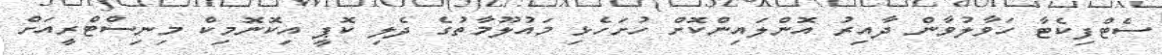
ސެޓްފިކެޓާ ހަވާލުވާން ދާއިރު އޮންލައިންކޮށް ހުށަހެޅި މައުލޫމާތުގެ ދެލި ކޮޕީ އިކޮނޮމިކް މިނިސްޓްރީއަށް